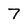
Character: 7